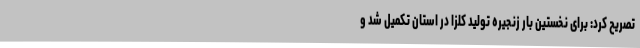
تصریح کرد: برای نخستین بار زنجیره تولید کلزا در استان تکمیل شد و